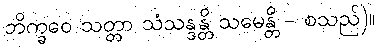
ဘိက္ခဝေ သတ္တာ သံသန္ဒန္တိ သမေန္တိ - စသည်)။